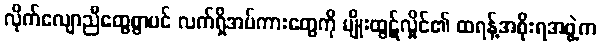
လိုက်လျောညီထွေစွာပင် လက်ရှိအပ်ကားတွေကို မျိုးထွဋ်လှိုင်၏ ထရန့်အစိုးရအဖွဲ့က